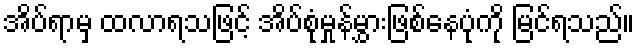
အိပ်ရာမှ ထလာရသဖြင့် အိပ်စုံမှုန်မွှားဖြစ်နေပုံကို မြင်ရသည်။